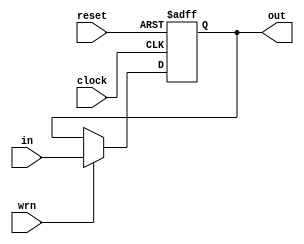
module pipe_reg_wrn(
	input [31:0] in,
    input clock,
	input reset,
    input wrn,
	output reg [31:0]out
	);
 
	always @(posedge clock,negedge reset) 
	begin
		if(!reset)
			out <= 32'h0000_0000;
		else 
		begin
			if(wrn)
				out <= in;
		end
	end
endmodule